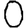
Digit: 0